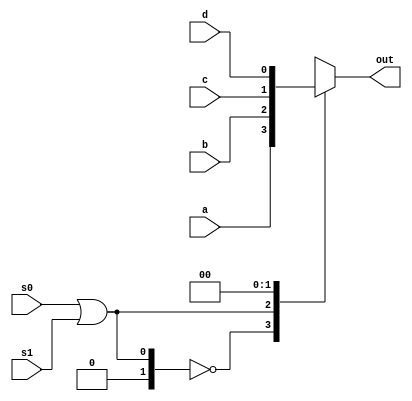

module mux_4_to_2(
    input a,
    input b,
    input c,
    input d,
    input s0,
    input s1,
    output reg out
    );
    always @ (*)
begin

case (s0 | s1)
2'b00 : out <= a;
2'b01 : out <= b;
2'b10 : out <= c;
2'b11 : out <= d;
endcase

end
endmodule